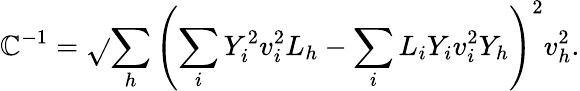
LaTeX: \mathbb{C}^{-1}={\sqrt{}{{\sum_{h}\left(\sum_{i}Y_{i}^{2}v_{i}^{2}L_{h}-\sum_{i}L_{i}Y_{i}v_{i}^{2}Y_{h}\right)^{2}v_{h}^{2}}}}.